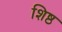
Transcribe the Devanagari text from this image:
शिष्ठ